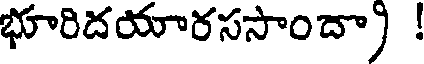
భూరిదయారససాందా) !